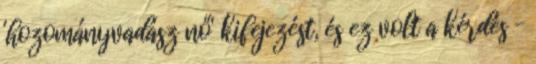
'hozományvadász nő' kifejezést, és ez volt a kérdés –